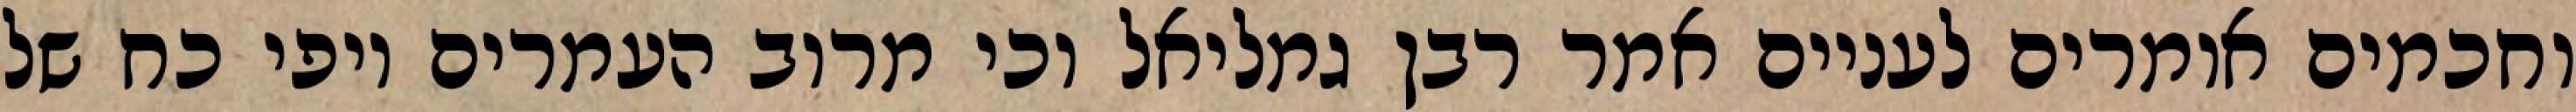
וחכמים אומרים לעניים אמר רבן גמליאל וכי מרוב העמרים יופי כח של